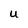
Character: U